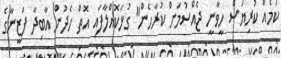
ކަމެއް ކުރިޔަސް ހީވާނީ ޖެއްސުމަށް ކުރާހެން" ގުޅަކޮއްލާފައި އޮތް ހެދުން އާބިދާ ފަޒީނާގެ